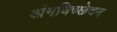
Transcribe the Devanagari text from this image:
अंगविच्छेदन